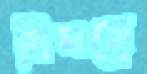
বিমসে